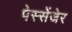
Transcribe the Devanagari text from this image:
पेस्सेंजेर